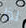
لذا